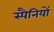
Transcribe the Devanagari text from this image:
स्पैनियों